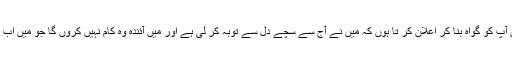
اے ابو سعید میں آپ کو گواہ بنا کر اعلان کر تا ہوں کہ میں نے آج سے سچے دل سے توبہ کر لی ہے اور میں آئندہ وہ کام نہیں کروں گا جو میں اب تک کر رہا تھا ۔